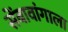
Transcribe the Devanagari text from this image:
सेंबावांगाला